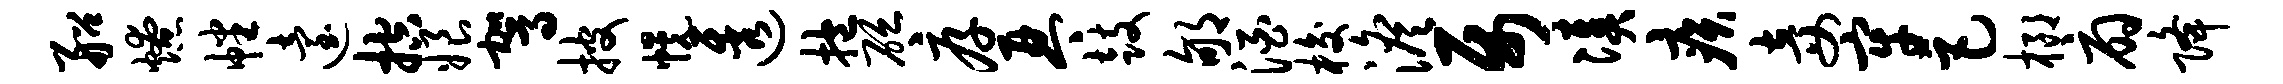
船燎幡迨控娘驾披幌透抱砭厚琴鼓郇酒梭澹属凑疾妾牢巨榔扇降